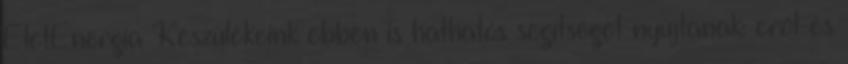
ÉletEnergia Készülékeink ebben is hathatós segítséget nyújtanak: erőt és